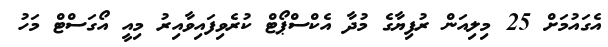
އެގައުމަށް 25 މިލިއަން ރުފިޔާގެ މުދާ އެކްސްޕޯޓް ކުރެވިފައިވާއިރު މިއީ އޯގަސްޓް މަހު